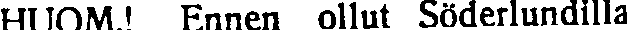
HUOM! Ennen ollut Söderlundilla